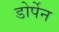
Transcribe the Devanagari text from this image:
डोर्पेन